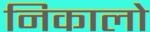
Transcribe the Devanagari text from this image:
निकालो